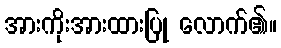
အားကိုးအားထားပြု လောက်၏။